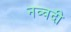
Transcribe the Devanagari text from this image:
नव्वदी